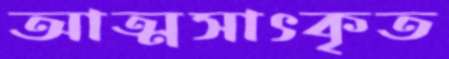
আত্মসাৎকৃত